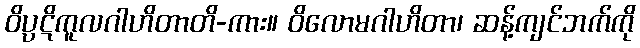
ဝိပ္ပဋိကူလဂါဟိတာတိ-ကား။ ဝိလောမဂါဟိတာ၊ ဆန့်ကျင်ဘက်ကို